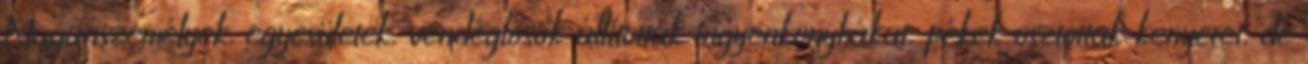
Magánszemélyek, egyesületek, vendéglősök állítottak ingyenkonyhákat, pékek osztottak kenyeret, de